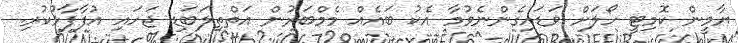
ޔާމީން ކޮމިޓީ ހޯލަށް ވަޑައިގެންނެވުމާ އެކު ބައެއް މެމްބަރުން އަތްތިލަބަޑި ޖަހައި އުފާފާޅުކުރި.